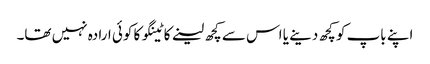
اپنے باپ کو کچھ دینے یا اس سے کچھ لینے کاٹینگو کا کوئی ارادہ نہیں تھا۔